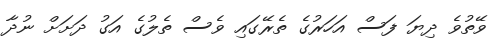
ވޭތުވެ ދިޔަ ފަސް އަހަރުގެ ތެރޭގައި ވެސް ތެލުގެ އަގު ދަށަށް ނުދާ